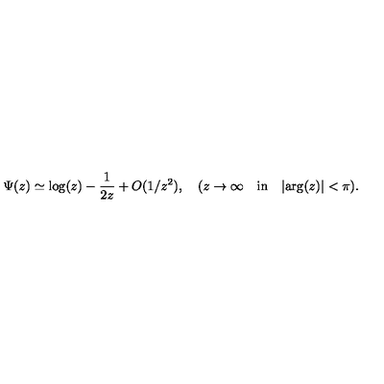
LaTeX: \Psi ( z ) \simeq \mathrm { l o g } ( z ) - \frac { 1 } { 2 z } + O ( 1 / z ^ { 2 } ) , \quad ( z \rightarrow \infty \quad \mathrm { i n } \quad \vert \mathrm { a r g } ( z ) \vert < \pi ) .